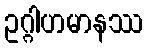
ဥဂ္ဂါဟမာနဿ